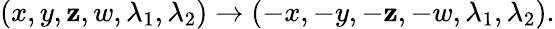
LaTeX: (x,y,\mathbf{z},w,\lambda_{1},\lambda_{2})\to(-x,-y,-\mathbf{z},-w,\lambda_{1},\lambda_{2}).